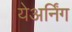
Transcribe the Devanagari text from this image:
येअर्निंग